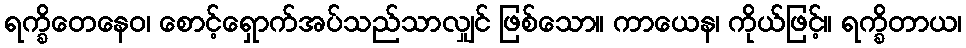
ရက္ခိတေနေဝ၊ စောင့်ရှောက်အပ်သည်သာလျှင် ဖြစ်သော။ ကာယေန၊ ကိုယ်ဖြင့်။ ရက္ခိတာယ၊